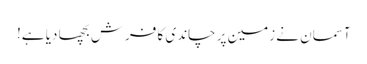
آسمان نے زمین پر چاندی کا فرش بچھا دیا ہے!